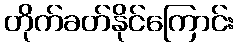
တိုက်ခတ်နိုင်ကြောင်း